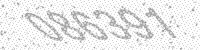
Solution: 086391